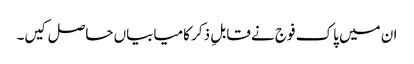
ان میں پاک فوج نے قابلِ ذکر کامیابیاں حاصل کیں۔